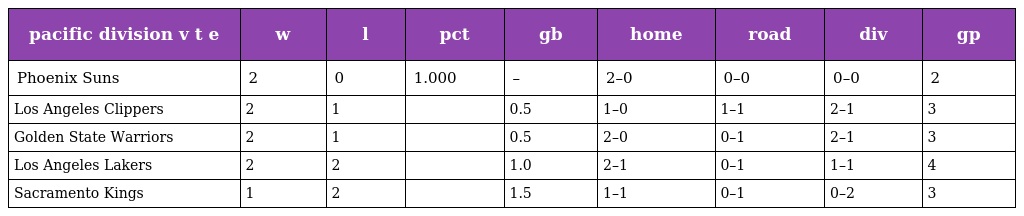
| pacific division v t e | w | l | pct | gb | home | road | div | gp |
 | --- | --- | --- | --- | --- | --- | --- | --- | --- |
 | Phoenix Suns | 2 | 0 | 1.000 | – | 2–0 | 0–0 | 0–0 | 2 |
 | Los Angeles Clippers | 2 | 1 |  | 0.5 | 1–0 | 1–1 | 2–1 | 3 |
 | Golden State Warriors | 2 | 1 |  | 0.5 | 2–0 | 0–1 | 2–1 | 3 |
 | Los Angeles Lakers | 2 | 2 |  | 1.0 | 2–1 | 0–1 | 1–1 | 4 |
 | Sacramento Kings | 1 | 2 |  | 1.5 | 1–1 | 0–1 | 0–2 | 3 |